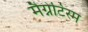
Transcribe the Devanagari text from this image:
मैग्नेटिस्म